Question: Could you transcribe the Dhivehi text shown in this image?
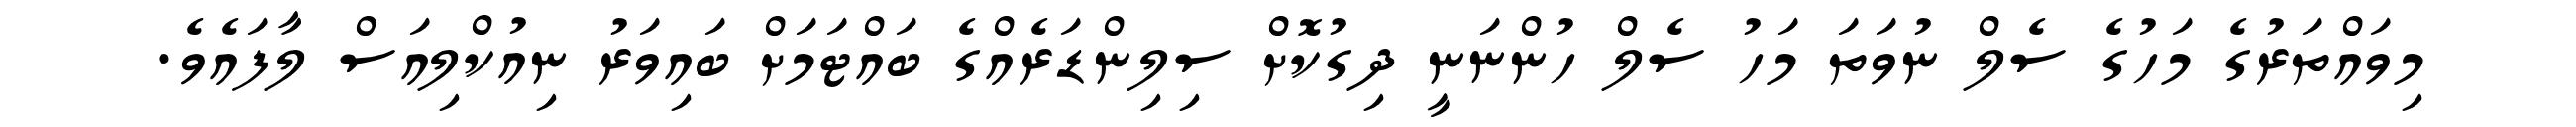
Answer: މިވައްތަރުގެ މަހުގެ ސެލް ނުވަތަ މަހު ސެލް ހުންނަނީ ދިގުކޮށް ސިލިންޑަރެއްގެ ބައްޓަމަށް ބައިވަރު ނިއުކްލިއަސް ލާފައެވެ.